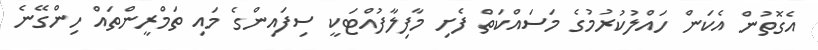
އެގޮތުން އެކަން ހައްލުކުރުމުގެ މަސައްކަތް ފެށި މާފިލާފުއްޓަކީ ސިފައިންގެ މައި ތަމްރީންތައް ހިންގޭނެ